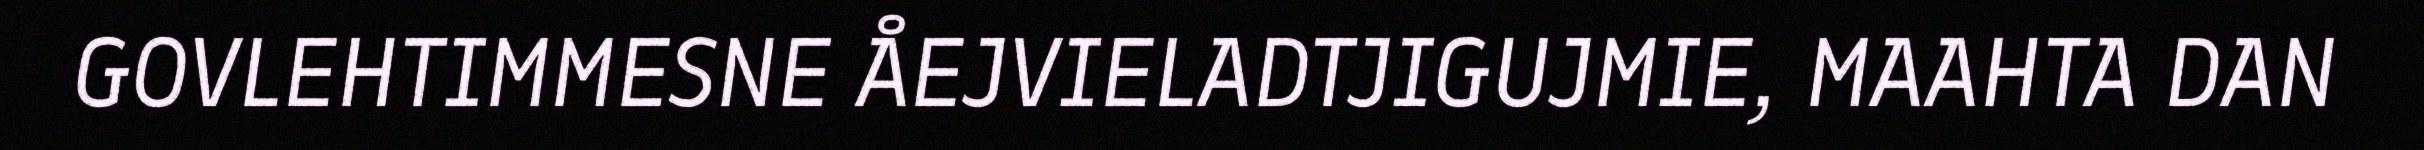
GOVLEHTIMMESNE ÅEJVIELADTJIGUJMIE, MAAHTA DAN